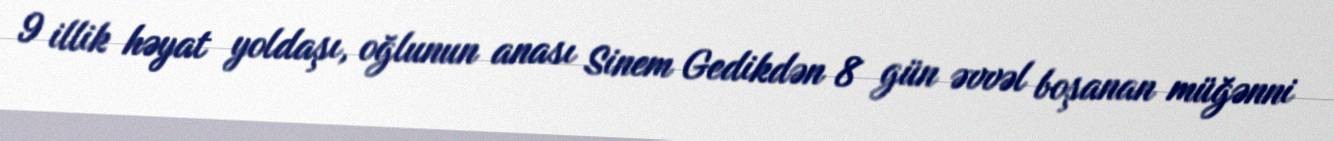
9 illik həyat yoldaşı, oğlunun anası Sinem Gedikdən 8 gün əvvəl boşanan müğənni